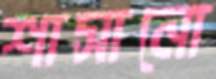
শাসানো